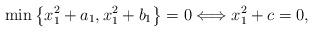
LaTeX: \begin{align*}{{\rm min}} \left\{x_{1}^2+a_{1}, x_{1}^2+b_{1}\right\}=0\Longleftrightarrow x_{1}^2+c=0,\end{align*}